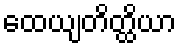
ထေယျတိတ္ထိယာ